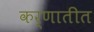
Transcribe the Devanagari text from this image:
कर्णातीत